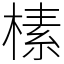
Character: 榡